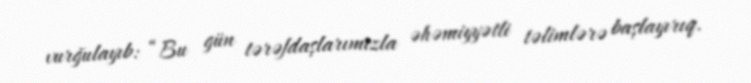
vurğulayıb: “Bu gün tərəfdaşlarımızla əhəmiyyətli təlimlərə başlayırıq.